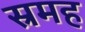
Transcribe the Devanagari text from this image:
स्रमह